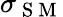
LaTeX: \sigma_{\mathrm{~S~M~}}